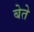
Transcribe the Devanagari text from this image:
बेते